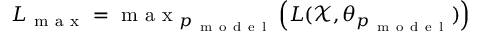
L _ { \mathrm { ~ m ~ a ~ x ~ } } = \mathrm { ~ m ~ a ~ x ~ } _ { p _ { \mathrm { ~ m ~ o ~ d ~ e ~ l ~ } } } \left( L ( \mathcal X , \theta _ { p _ { \mathrm { ~ m ~ o ~ d ~ e ~ l ~ } } } ) \right)